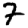
Digit: 7